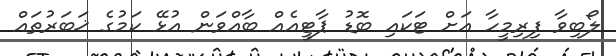
ލޯބިވާ ފިރިމީހާ އަށް ޓަކައި ބޮޑު ޕާޓީއެއް ބާާއްވަން އުޅޭ ކަމުގެ ޚަބަރުތައް